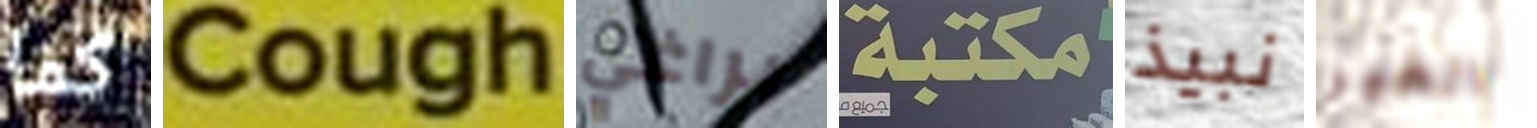
كما Cough براغي مكتبة نبيذ الغير